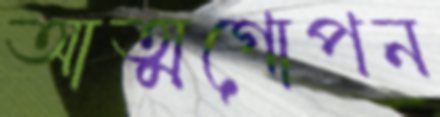
আত্মগোপন